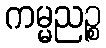
ကမ္မညဉ္စ